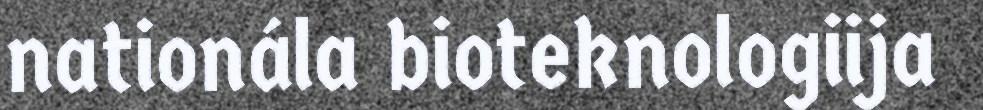
nationála bioteknologiija